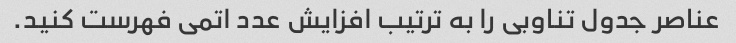
عناصر جدول تناوبی را به ترتیب افزایش عدد اتمی فهرست کنید.